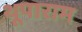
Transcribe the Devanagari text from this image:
थूपाराम